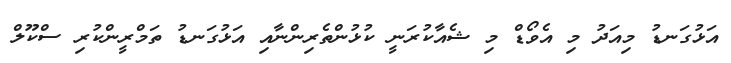
އަޅުގަނޑު މިއަދު މި އެވޯޑް މި ޝެއާކުރަނީ ކުޅުންތެރިންނާއި އަޅުގަނޑު ތަމްރީންކުރި ސްކޫލް